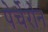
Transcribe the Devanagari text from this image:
पेर्चेरोन